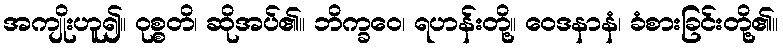
အကျိုးဟူ၍။ ဝုစ္စတိ၊ ဆိုအပ်၏။ ဘိက္ခဝေ၊ ရဟန်းတို့။ ဝေဒနာနံ၊ ခံစားခြင်းတို့၏။